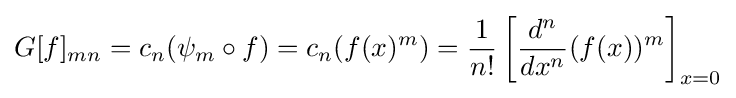
G[f]_{mn}=c_{n}(\psi _{m}\circ f)=c_{n}(f(x)^{m})={\frac {1}{n!}}\left[{\frac {d^{n}}{dx^{n}}}(f(x))^{m}\right]_{x=0}